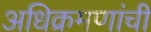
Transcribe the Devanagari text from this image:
अधिक्रमणांची